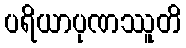
ပရိယာပုဏဿူတိ